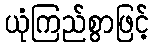
ယုံကြည်စွာဖြင့်